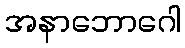
အနာဘောဂေါ